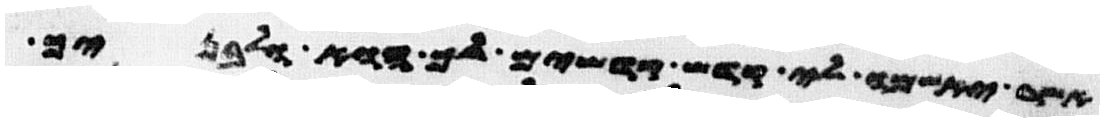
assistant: אשר יאשמו לי קדש קדשים לך הוא ולבניך